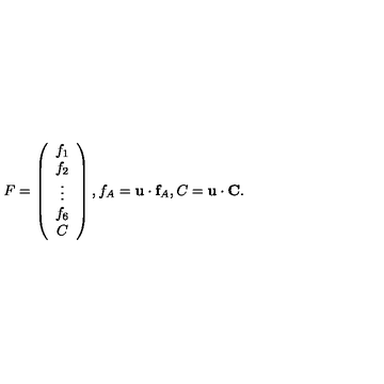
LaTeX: F = \left( \begin{array} { c } { f _ { 1 } } \\ { f _ { 2 } } \\ { \vdots } \\ { f _ { 6 } } \\ { C } \\ \end{array} \right) , f _ { A } = { \bf u } \cdot { \bf f } _ { A } , C = { \bf u } \cdot { \bf C } .